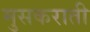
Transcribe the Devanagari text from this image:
मुसकराती